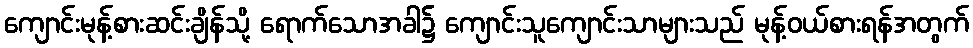
ကျောင်းမုန့်စားဆင်းချိန်သို့ ရောက်သောအခါ၌ ကျောင်းသူကျောင်းသာများသည် မုန့်ဝယ်စားရန်အတွက်